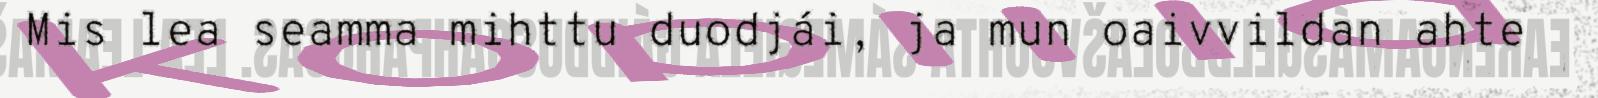
Mis lea seamma mihttu duodjái, ja mun oaivvildan ahte